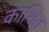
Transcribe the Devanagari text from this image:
काशित